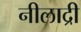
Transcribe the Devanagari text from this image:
नीलाद्री